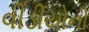
વીડીયોનો